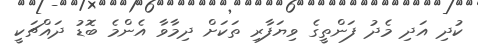
ކުދި އަދި މެދު ފަންތީގެ ވިޔަފާރި ތަކަށް ދިމާވާ އެންމެ ބޮޑު ދައްޗަކީ